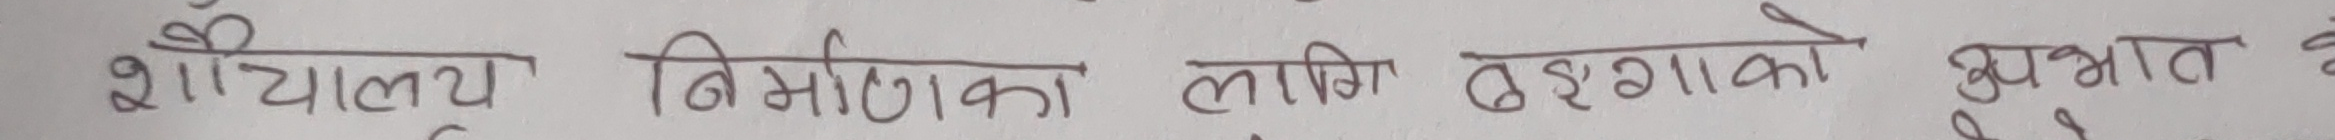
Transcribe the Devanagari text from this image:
शैचालय निर्माणका लागि बडागाँको शुभरात के